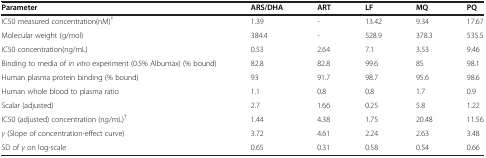
| Parameter | ARS/DHA | ART | LF | MQ | PQ |
 | --- | --- | --- | --- | --- | --- |
 | IC50 measured concentration(nM)† | 1.39 | - | 13.42 | 9.34 | 17.67 |
 | Molecular weight (g/mol) | 384.4 | - | 528.9 | 378.3 | 535.5 |
 | IC50 concentration(ng/mL) | 0.53 | 2.64 | 7.1 | 3.53 | 9.46 |
 | Binding to media of in vitro experiment (0.5% Albumax) (% bound) | 82.8 | 82.8 | 99.6 | 85 | 98.1 |
 | Human plasma protein binding (% bound) | 93 | 91.7 | 98.7 | 95.6 | 98.6 |
 | Human whole blood to plasma ratio | 1.1 | 0.8 | 0.8 | 1.7 | 0.9 |
 | Scalar (adjusted) | 2.7 | 1.66 | 0.25 | 5.8 | 1.22 |
 | IC50 (adjusted) concentration (ng/mL)† | 1.44 | 4.38 | 1.75 | 20.48 | 11.56 |
 | γ (Slope of concentration-effect curve) | 3.72 | 4.61 | 2.24 | 2.63 | 3.48 |
 | SD of γ on log-scale | 0.65 | 0.31 | 0.58 | 0.54 | 0.66 |